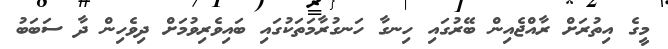
މީގެ އިތުރަށް ރާއްޖެއިން ބޭރުގައި ހިނގާ ހަނގުރާމަތަކުގައި ބައިވެރިވުމަށް ދިވެހިން ދާ ސަބަބު